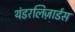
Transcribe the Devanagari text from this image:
थंडरलिज़ार्डस